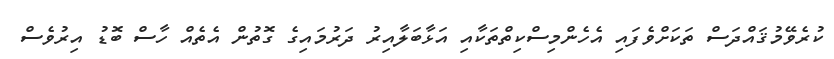
ކުރެވޭމުޤައްދަސް ތަކަށްވެފައި އެހެންމިސްކިތްތަކާއި އަޅާބަލާއިރު ދަރުމައިގެ ގޮތުން އެތެއް ހާސް ބޮޑު އިރުވެސް